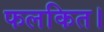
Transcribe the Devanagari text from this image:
फलकित।